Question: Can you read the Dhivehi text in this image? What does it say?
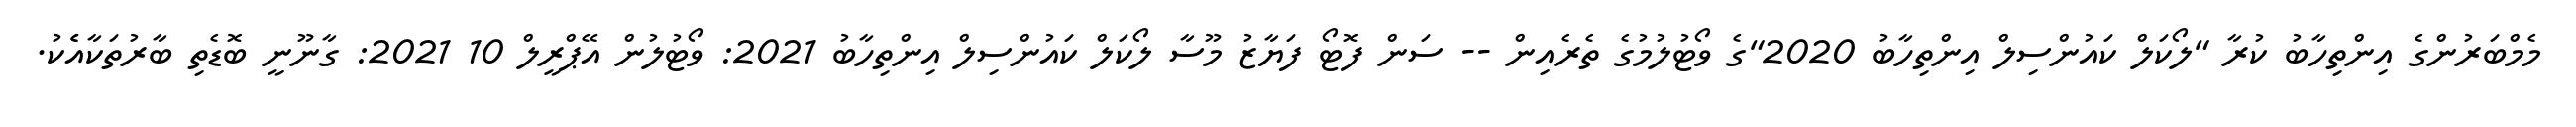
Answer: މެމްބަރުންގެ އިންތިހާބު ކުރާ "ލޯކަލް ކައުންސިލް އިންތިހާބު 2020"ގެ ވޯޓުލުމުގެ ތެރެއިން -- ސަން ފޮޓޯ ފަޔާޒު މޫސާ ލޯކަލް ކައުންސިލް އިންތިހާބު 2021: ވޯޓުލުން އޭޕްރީލް 10 2021: ގާނޫނީ ބޮޑެތި ބާރުތަކާއެެކު.